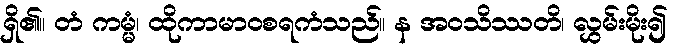
ရှိ၏။ တံ ကမ္မံ၊ ထိုကာမာဝစရကံသည်။ န အဝသိဿတိ၊ လွှမ်းမိုး၍